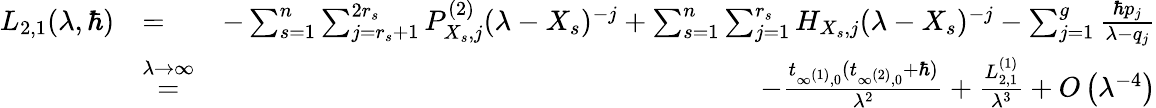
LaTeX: \begin{array}{rlr}{L_{2,1}(\lambda,\hbar)}&{=}&{-\sum_{s=1}^{n}\sum_{j=r_{s}+1}^{2r_{s}}P_{X_{s},j}^{(2)}(\lambda-X_{s})^{-j}+\sum_{s=1}^{n}\sum_{j=1}^{r_{s}}H_{X_{s},j}(\lambda-X_{s})^{-j}-\sum_{j=1}^{g}\frac{\hbar p_{j}}{\lambda-q_{j}}}\\ &{\overset{\lambda\to\infty}{=}}&{-\frac{t_{\infty^{(1)},0}(t_{\infty^{(2)},0}+\hbar)}{\lambda^{2}}+\frac{L_{2,1}^{(1)}}{\lambda^{3}}+O\left(\lambda^{-4}\right)}\end{array}